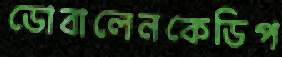
ডোবালেনকেডিপ